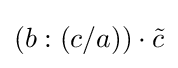
(b:(c/a))\cdot {\tilde {c}}